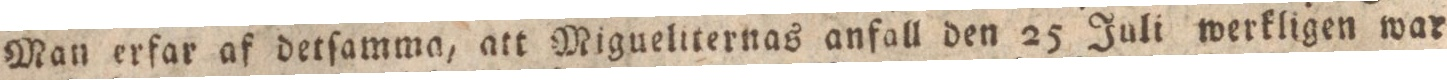
Man erfar af detſamma, att Migueliternas anfall den 25 Juli werkligen war